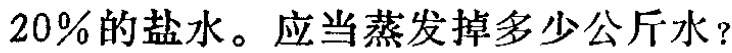
$20\%的盐水。应当蒸发掉多少公斤水？$